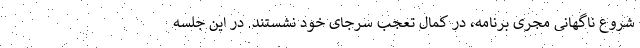
شروع ناگهانی مجری برنامه، در کمال تعجب سرجای خود نشستند. در این جلسه